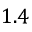
1 . 4